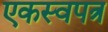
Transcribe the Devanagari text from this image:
एकस्वपत्र